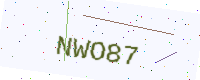
Text: NWO87